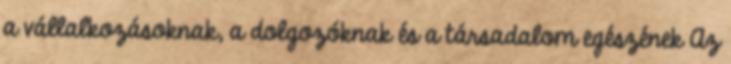
a vállalkozásoknak, a dolgozóknak és a társadalom egészének Az